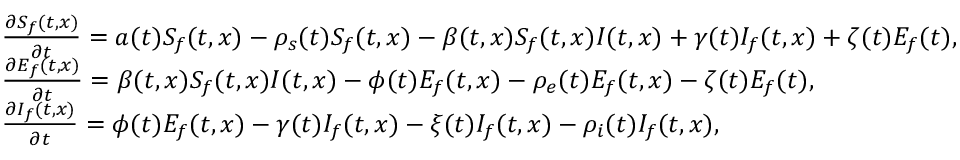
\begin{array} { l } { \frac { \partial S _ { f } ( t , x ) } { \partial t } = a ( t ) S _ { f } ( t , x ) - \rho _ { s } ( t ) S _ { f } ( t , x ) - \beta ( t , x ) S _ { f } ( t , x ) I ( t , x ) + \gamma ( t ) I _ { f } ( t , x ) + \zeta ( t ) E _ { f } ( t ) , } \\ { \frac { \partial E _ { f } ( t , x ) } { \partial t } = \beta ( t , x ) S _ { f } ( t , x ) I ( t , x ) - \phi ( t ) E _ { f } ( t , x ) - \rho _ { e } ( t ) E _ { f } ( t , x ) - \zeta ( t ) E _ { f } ( t ) , } \\ { \frac { \partial I _ { f } ( t , x ) } { \partial t } = \phi ( t ) E _ { f } ( t , x ) - \gamma ( t ) I _ { f } ( t , x ) - \xi ( t ) I _ { f } ( t , x ) - \rho _ { i } ( t ) I _ { f } ( t , x ) , } \end{array}